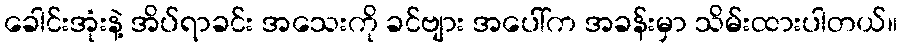
ခေါင်းအုံးနဲ့ အိပ်ရာခင်း အသေးကို ခင်ဗျား အပေါ်က အခန်းမှာ သိမ်းထားပါတယ်။